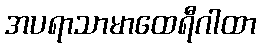
အပရာသာမာထေရီဂါထာ